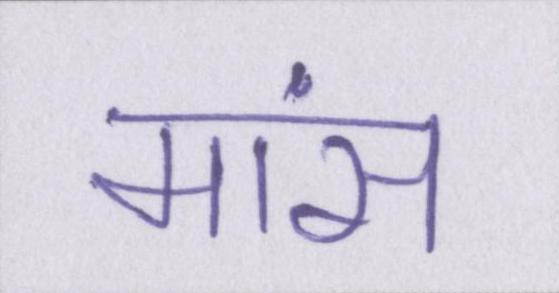
मांस